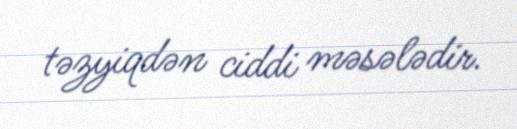
təzyiqdən ciddi məsələdir.